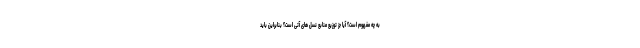
به چه مفهوم است؟ آیا جز توزیع منابع نسل های آتی است؟ بنابراین باید